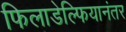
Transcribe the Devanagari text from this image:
फिलाडेल्फियानंतर